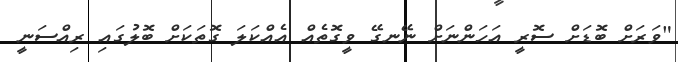
"ވަރަށް ބޮޑަށް ސޮރީ އަހަންނަށް ނޭނގޭ ވީގޮތެއް އެއްކަލަ ގޮތަކަށް ބޮލުގައި ރިއްސަނީ